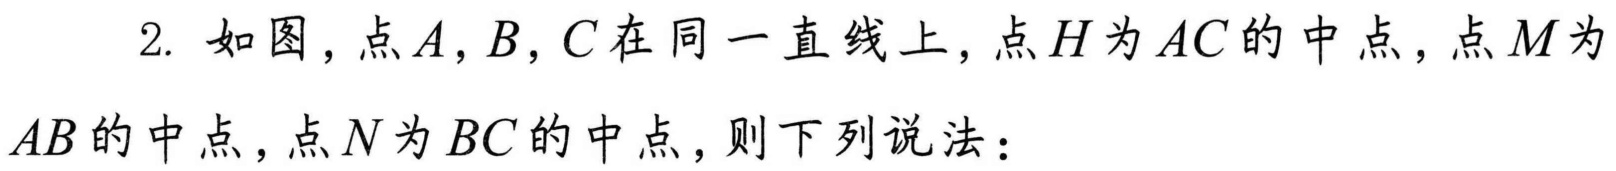
2. 如图，点$A,B,C$在同一直线上，点$H$为$AC$的中点，点$M$为$AB$的中点，点$N$为$BC$的中点，则下列说法：